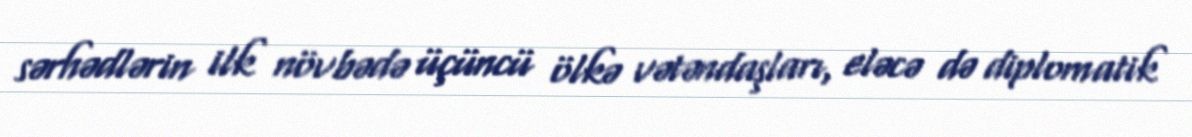
sərhədlərin ilk növbədə üçüncü ölkə vətəndaşları, eləcə də diplomatik